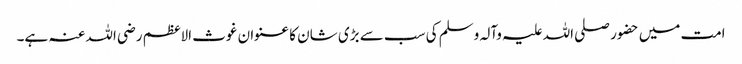
امت میں حضور صلی اللہ علیہ وآلہ وسلم کی سب سے بڑی شان کا عنوان غوث الاعظم رضی اللہ عنہ ہے۔